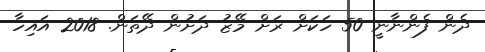
ދެން ފެންނާނީ 50 ހަކަށް ރަށް މޭޒު ދަށުން ދޭތަން. 2018 އައިހާ